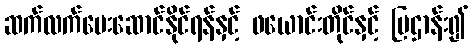
ဆက်လက်ပေးဆောင်နိုင်ရန်နှင့် ဖယောင်းတိုင်နှင့် ပြဌာန်း၍